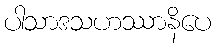
ပါသာဒသဟဿာနိပေ